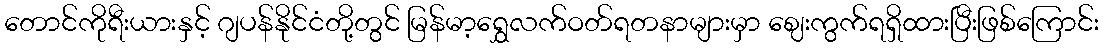
တောင်ကိုရီးယားနှင့် ဂျပန်နိုင်ငံတို့တွင် မြန်မာ့ရွှေလက်ဝတ်ရတနာများမှာ ဈေးကွက်ရရှိထားပြီးဖြစ်ကြောင်း